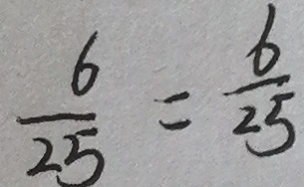
\frac { 6 } { 2 5 } = \frac { 6 } { 2 5 }